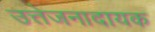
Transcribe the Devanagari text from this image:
उत्तेजनादायक